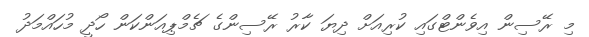
މި ރޭސިން އިވެންޓްގައި ކުރިއަށް ދިޔަ ކާރު ރޭސިންގެ ޗެމްޕިއަންކަން ހޯދީ މުހައްމަދު